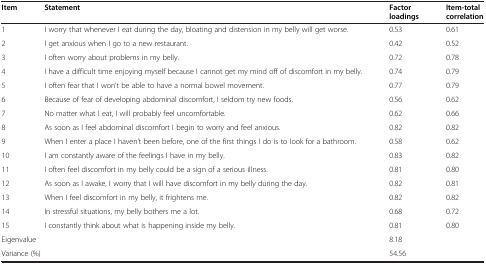
| Item | Statement | Factor loadings | Item-total correlation |
 | --- | --- | --- | --- |
 | 1 | I worry that whenever I eat during the day, bloating and distension in my belly will get worse. | 0.53 | 0.61 |
 | 2 | I get anxious when I go to a new restaurant. | 0.42 | 0.52 |
 | 3 | I often worry about problems in my belly. | 0.72 | 0.78 |
 | 4 | I have a difficult time enjoying myself because I cannot get my mind off of discomfort in my belly. | 0.74 | 0.79 |
 | 5 | I often fear that I won’t be able to have a normal bowel movement. | 0.77 | 0.79 |
 | 6 | Because of fear of developing abdominal discomfort, I seldom try new foods. | 0.56 | 0.62 |
 | 7 | No matter what I eat, I will probably feel uncomfortable. | 0.62 | 0.66 |
 | 8 | As soon as I feel abdominal discomfort I begin to worry and feel anxious. | 0.82 | 0.82 |
 | 9 | When I enter a place I haven’t been before, one of the first things I do is to look for a bathroom. | 0.58 | 0.62 |
 | 10 | I am constantly aware of the feelings I have in my belly. | 0.83 | 0.82 |
 | 11 | I often feel discomfort in my belly could be a sign of a serious illness. | 0.81 | 0.80 |
 | 12 | As soon as I awake, I worry that I will have discomfort in my belly during the day. | 0.82 | 0.81 |
 | 13 | When I feel discomfort in my belly, it frightens me. | 0.82 | 0.82 |
 | 14 | In stressful situations, my belly bothers me a lot. | 0.68 | 0.72 |
 | 15 | I constantly think about what is happening inside my belly. | 0.81 | 0.80 |
 | <COLSPAN=2> Eigenvalue | <COLSPAN=2> 8.18 |
 | <COLSPAN=2> Variance (%) | <COLSPAN=2> 54.56 |